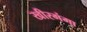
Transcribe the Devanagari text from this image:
खीरगंगा